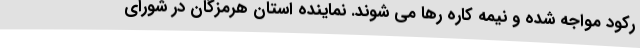
رکود مواجه شده و نیمه کاره رها می شوند. نماینده استان هرمزگان در شورای